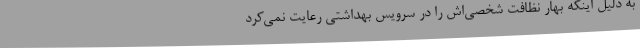
به دلیل اینکه بهار نظافت شخصی‌اش را در سرویس بهداشتی رعایت نمی‌کرد